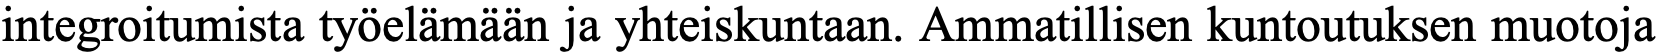
integroitumista työelämään ja yhteiskuntaan. Ammatillisen kuntoutuksen muotoja